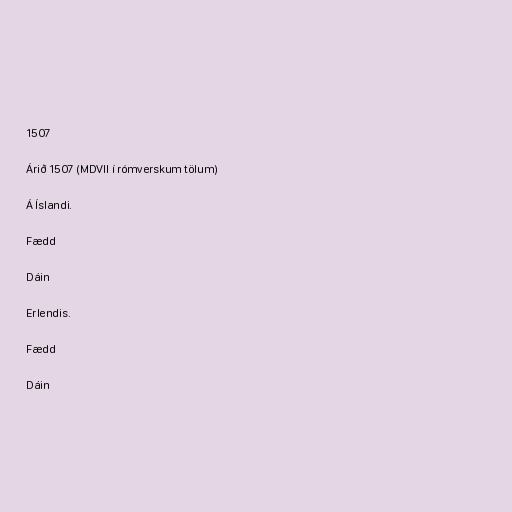
1507

Árið 1507 (MDVII í rómverskum tölum)

Á Íslandi.

Fædd

Dáin

Erlendis.

Fædd

Dáin